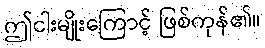
ဤငါးမျိုးကြောင့် ဖြစ်ကုန်၏။